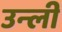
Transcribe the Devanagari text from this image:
उन्ली